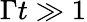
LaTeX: \Gamma t\gg 1